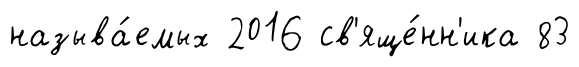
называ́емых 2016 св'яще́нн'ика 83